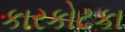
કારકોટકા